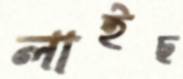
লাইছ